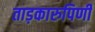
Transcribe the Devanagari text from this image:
ताड़कारुपिणी